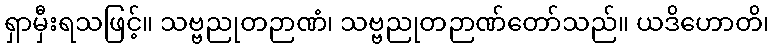
ရှာမှီးရသဖြင့်။ သဗ္ဗညုတဉာဏံ၊ သဗ္ဗညုတဉာဏ်တော်သည်။ ယဒိဟောတိ၊